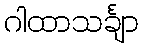
ဂါထာသင်္ချာ